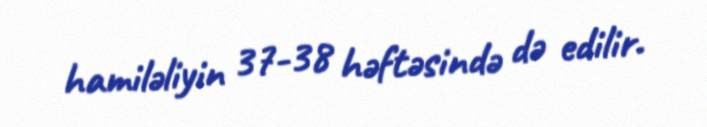
hamiləliyin 37-38 həftəsində də edilir.